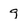
Character: g